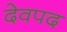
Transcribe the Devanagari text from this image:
देवपद